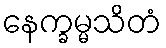
နေက္ခမ္မသိတံ